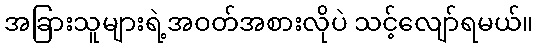
အခြားသူများရဲ့အဝတ်အစားလိုပဲ သင့်လျော်ရမယ်။